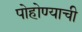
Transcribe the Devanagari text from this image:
पोहोण्याची